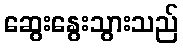
ဆွေးနွေးသွားသည်